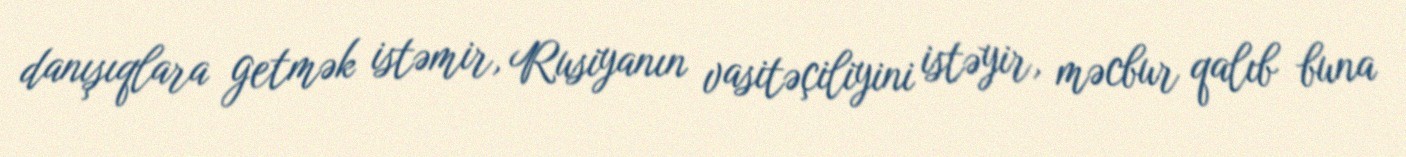
danışıqlara getmək istəmir, Rusiyanın vasitəçiliyini istəyir, məcbur qalıb buna